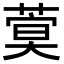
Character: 𦶺